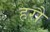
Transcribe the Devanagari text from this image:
हरौं